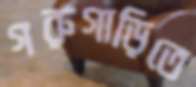
গরুগাড়িতে